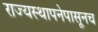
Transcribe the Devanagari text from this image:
राज्यस्थापनेपासूनच